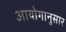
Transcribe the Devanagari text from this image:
आयोगानुसार